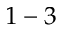
1 - 3